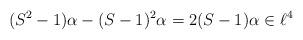
LaTeX: \begin{align*} (S^2-1)\alpha -(S-1)^2\alpha = 2(S-1)\alpha \in \ell^4\end{align*}